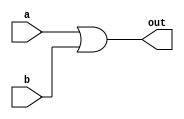
// This program was cloned from: https://github.com/Manistein/let-us-build-a-computer-system
// License: MIT License

`ifndef _h_or16_
`define _h_or16_

`timescale 1ns / 1ps
//////////////////////////////////////////////////////////////////////////////////
// Company: 
// Engineer: 
// 
// Design Name: 
// Module Name:    hOr16 
// Project Name: 
// Target Devices: 
// Tool versions: 
// Description: 
//
// Dependencies: 
//
// Revision: 
// Revision 0.01 - File Created
// Additional Comments: 
//
//////////////////////////////////////////////////////////////////////////////////
module hOr16(
    input [15:0] a,
    input [15:0] b,
    output [15:0] out
    );
	
	assign out = a | b;

endmodule

`endif